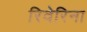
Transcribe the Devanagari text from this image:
रिवेरिना